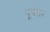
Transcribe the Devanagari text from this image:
पूर्वत्तर